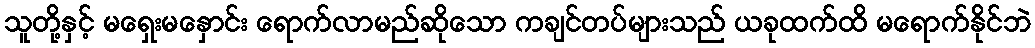
သူတို့နှင့် မရှေးမနှောင်း ရောက်လာမည်ဆိုသော ကချင်တပ်များသည် ယခုထက်ထိ မရောက်နိုင်ဘဲ